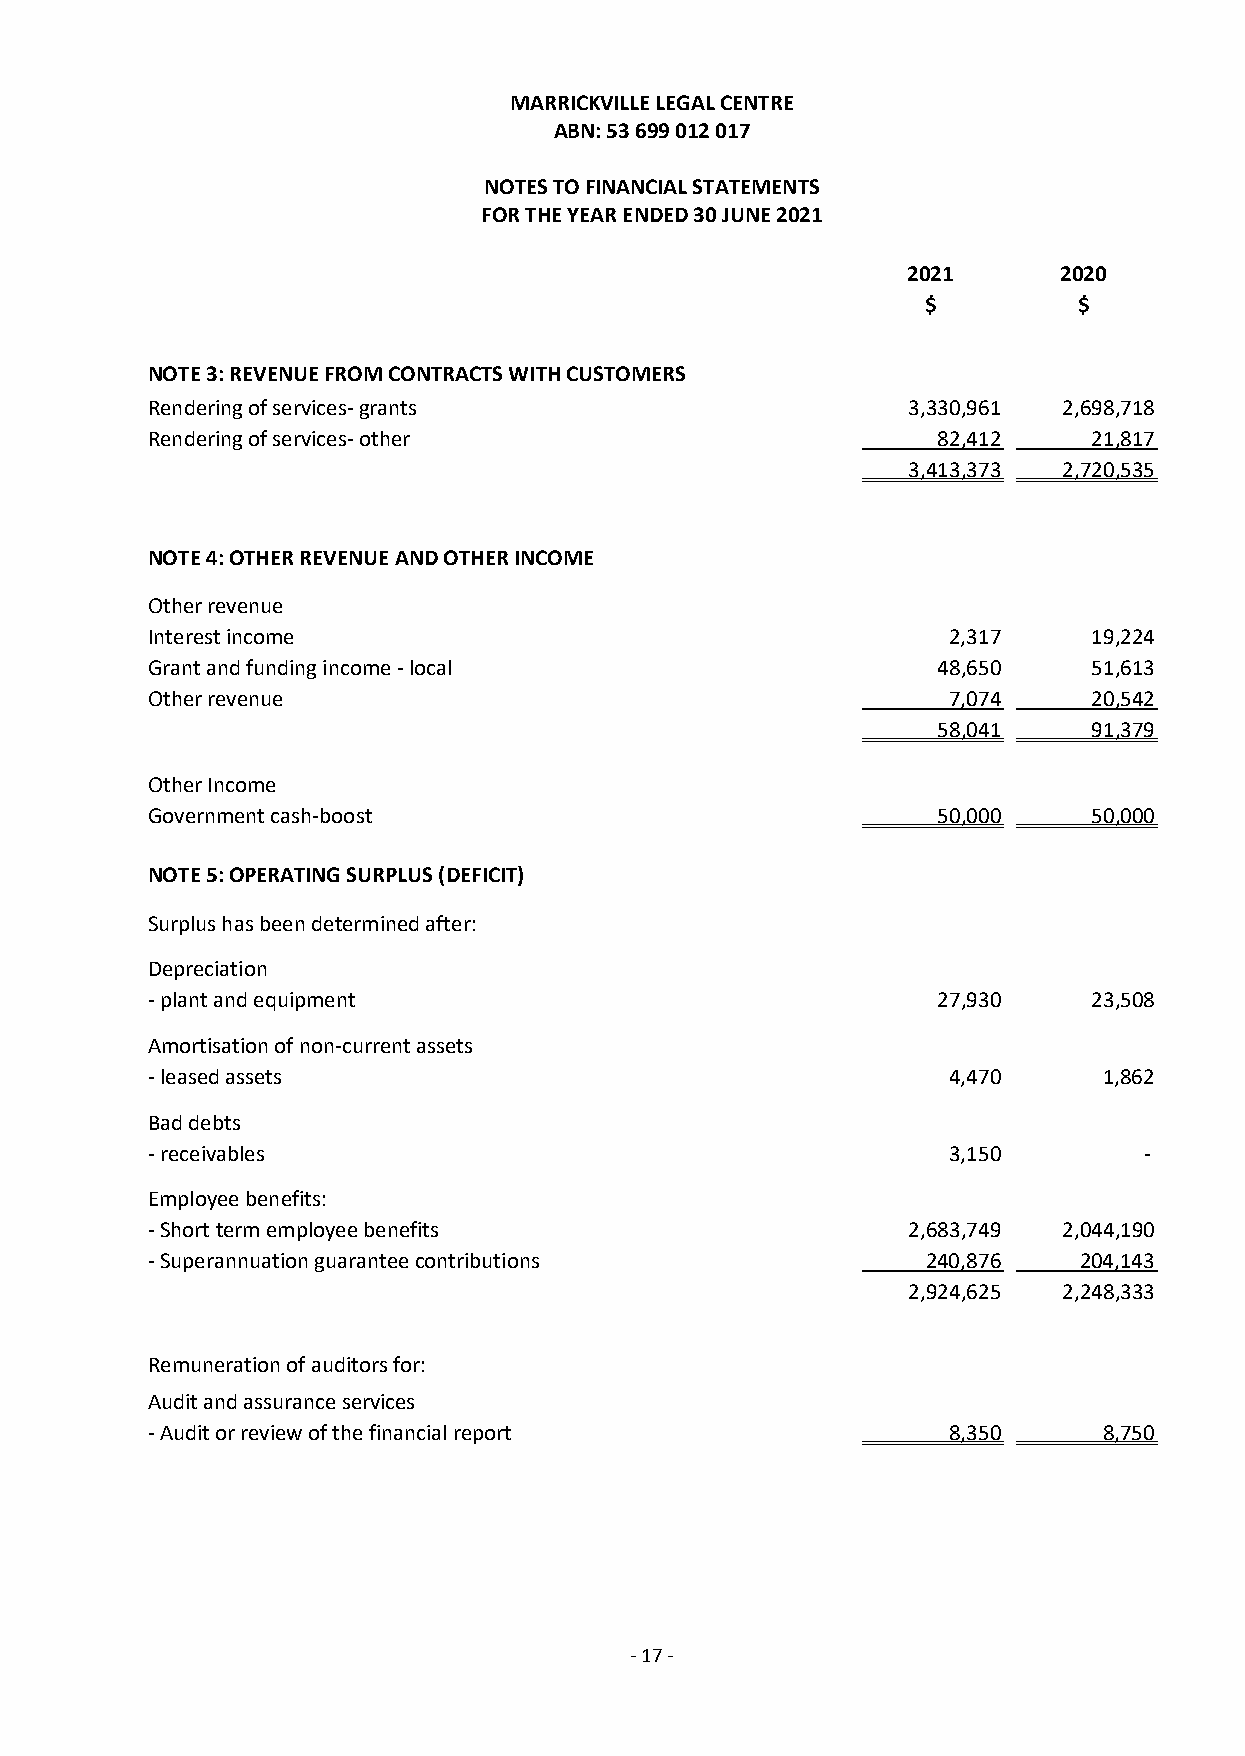
MARRICKVILLE LEGAL CENTRE
 ABN: 53 699 012 017
 NOTES TO FINANCIAL STATEMENTS
 FOR THE YEAR ENDED 30 JUNE 2021
 2021      2020
 $         $
 NOTE 3: REVENUE FROM CONTRACTS WITH CUSTOMERS
 Rendering of services- grants                     3,330,961 2,698,718
 Rendering of services- other                        82,412    21,817
 3,413,373 2,720,535
 NOTE 4: OTHER REVENUE AND OTHER INCOME
 Other revenue
 Interest income                                      2,317    19,224
 Grant and funding income - local                    48,650    51,613
 Other revenue                                        7,074    20,542
 58,041    91,379
 Other Income
 Government cash-boost                               50,000    50,000
 NOTE 5: OPERATING SURPLUS (DEFICIT)
 Surplus has been determined after:
 Depreciation
 - plant and equipment                               27,930    23,508
 Amortisation of non-current assets
 - leased assets                                      4,470     1,862
 Bad debts
 - receivables                                        3,150        -
 Employee benefits:
 - Short term employee benefits                    2,683,749 2,044,190
 - Superannuation guarantee contributions           240,876   204,143
 2,924,625 2,248,333
 Remuneration of auditors for:
 Audit and assurance services
 - Audit or review of the financial report            8,350     8,750
 - 17 -